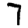
Digit: 7